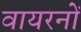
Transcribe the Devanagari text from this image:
वायरनों